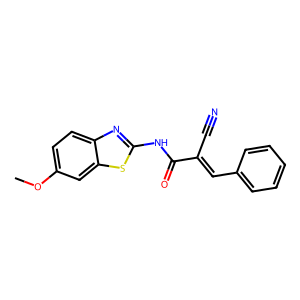
SMILES: COc1ccc2nc(NC(=O)C(C#N)=Cc3ccccc3)sc2c1
Inhibits HIV replication: No